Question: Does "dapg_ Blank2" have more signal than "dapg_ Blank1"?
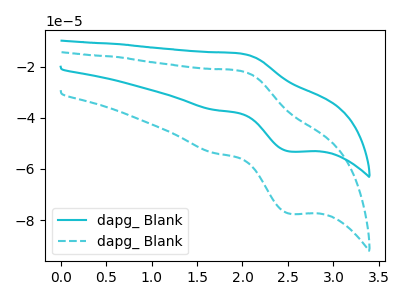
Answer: <think>The cyan curve "dapg_ Blank1" has an anodic peak at (1.95V, -14.80uA) and a cathodic peak at (2.55V, -53.20uA). The cyan dashed curve "dapg_ Blank2" has an anodic peak at (1.95V, -21.55uA) and a cathodic peak at (2.55V, -77.55uA).
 All the peaks in "dapg_ Blank2" have a peak in "dapg_ Blank1" at the same potential.</think>
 <answer>I cant tell if "dapg_ Blank2" or "dapg_ Blank1" has more signal.</answer>
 <eval>mixed_signal</eval>